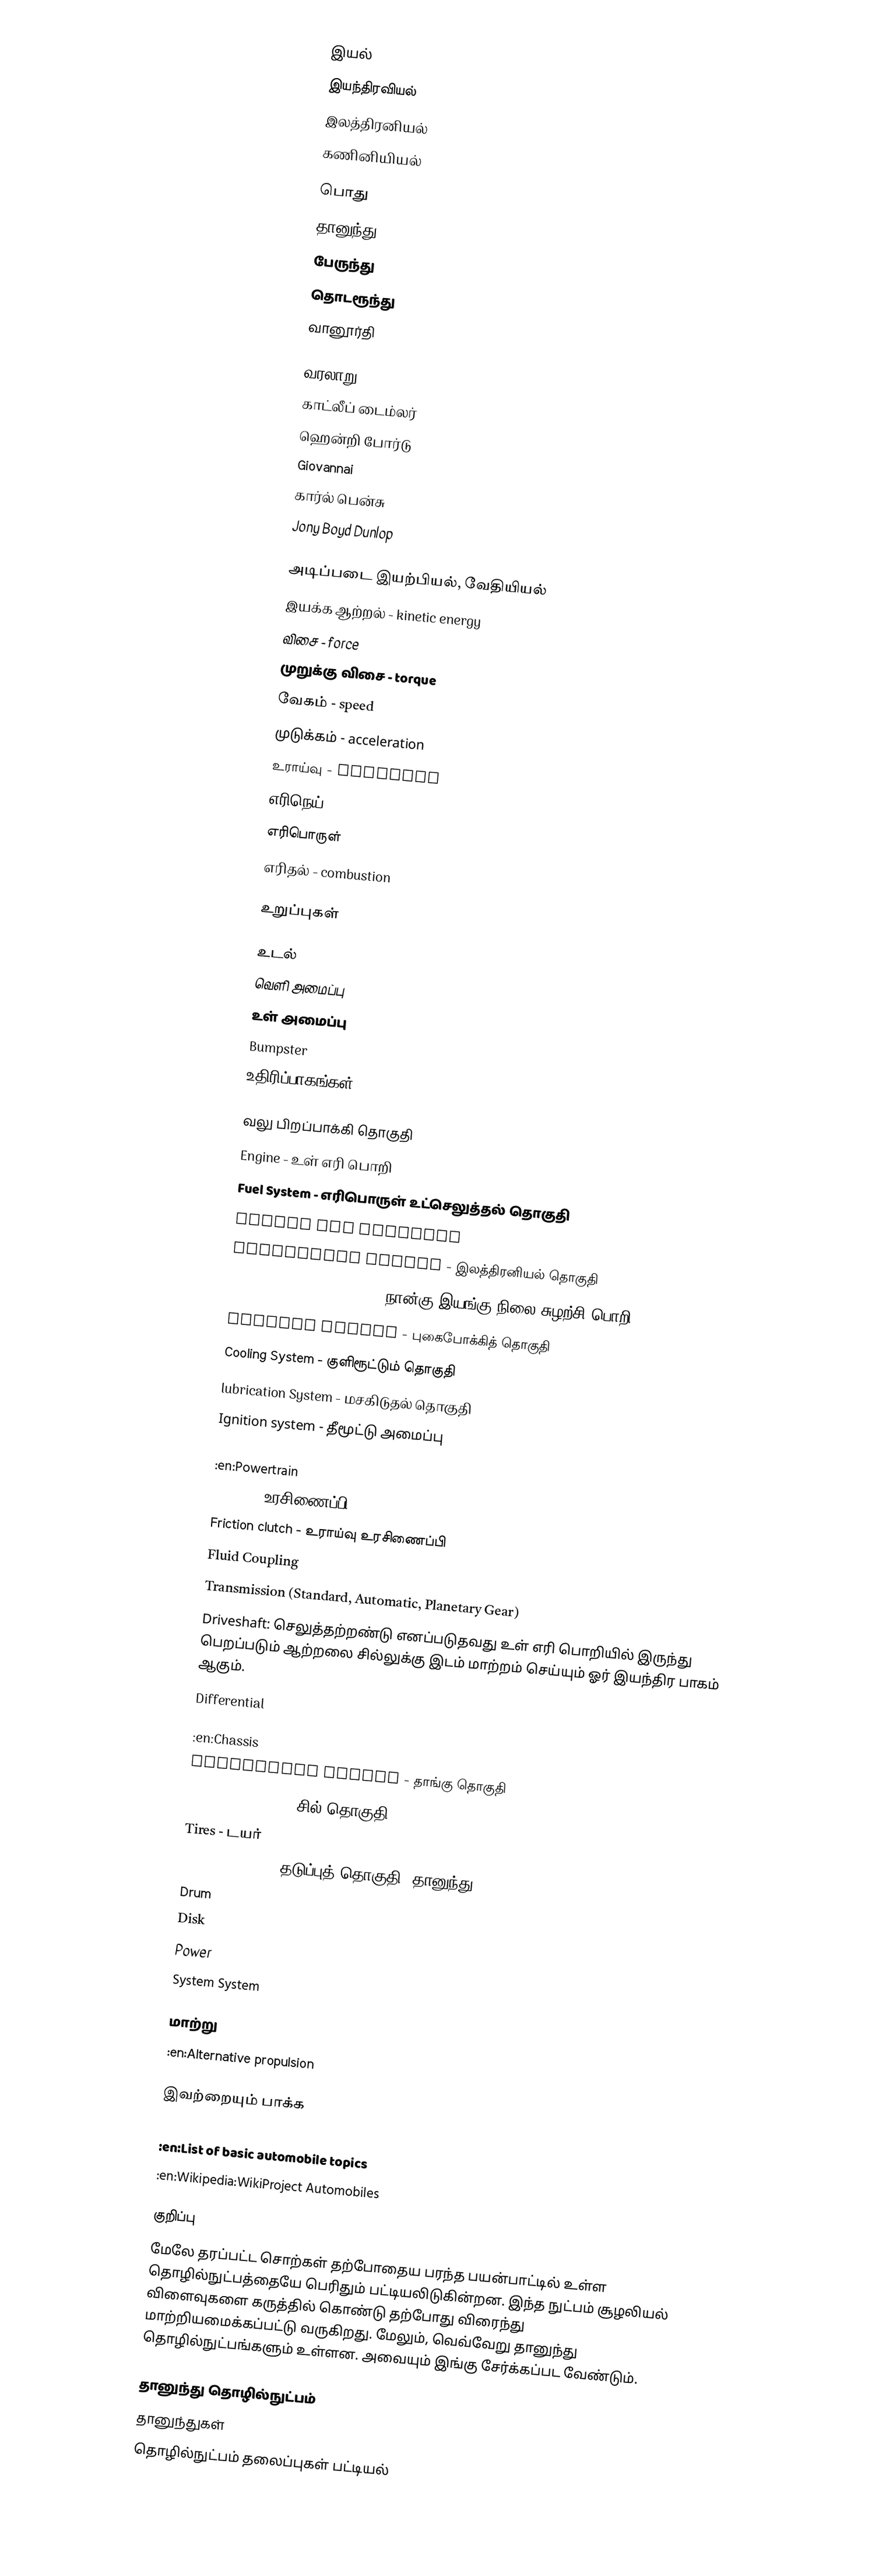

இயல்
 இயந்திரவியல்
 இலத்திரனியல்
 கணினியியல்

பொது
 தானுந்து
 பேருந்து
 தொடரூந்து
 வானூர்தி

வரலாறு
 காட்லீப் டைம்லர்
 ஹென்றி போர்டு
 Giovannai
 கார்ல் பென்சு
 Jony Boyd Dunlop

அடிப்படை இயற்பியல், வேதியியல்
 இயக்க ஆற்றல் - kinetic energy
 விசை - force
 முறுக்கு விசை - torque
 வேகம் - speed
 முடுக்கம் - acceleration
 உராய்வு - friction
 எரிநெய்
 எரிபொருள்
 எரிதல் - combustion

உறுப்புகள்

உடல்
 வெளி அமைப்பு
 உள் அமைப்பு
 Bumpster
 உதிரிப்பாகங்கள் - Accessories

வலு பிறப்பாக்கி தொகுதி
 Engine - உள் எரி பொறி
 Fuel System - எரிபொருள் உட்செலுத்தல் தொகுதி
 Valves and Camshaft
 Electrical System - இலத்திரனியல் தொகுதி
 Four Stroke Cycle Engine - நான்கு இயங்கு நிலை சுழற்சி பொறி
 Exhaust System - புகைபோக்கித் தொகுதி
 Cooling System - குளிரூட்டும் தொகுதி
 lubrication System - மசகிடுதல் தொகுதி
 Ignition system - தீமூட்டு அமைப்பு

:en:Powertrain
 Clutch - உரசிணைப்பி
 Friction clutch - உராய்வு உரசிணைப்பி
 Fluid Coupling
 Transmission (Standard, Automatic, Planetary Gear)
 Driveshaft: செலுத்தற்றண்டு எனப்படுதவது உள் எரி பொறியில் இருந்து பெறப்படும் ஆற்றலை சில்லுக்கு இடம் மாற்றம் செய்யும் ஓர் இயந்திர பாகம் ஆகும்.
 Differential

:en:Chassis
 Suspension System - தாங்கு தொகுதி
 Axels and Wheels - சில் தொகுதி
 Tires - டயர்
 Braking System - தடுப்புத் தொகுதி (தானுந்து)
 Drum
 Disk
 Power
 System System

மாற்று
 :en:Alternative propulsion

இவற்றையும் பாக்க
 :en:List of auto parts
 :en:List of basic automobile topics
 :en:Wikipedia:WikiProject Automobiles

குறிப்பு
மேலே தரப்பட்ட சொற்கள் தற்போதைய பரந்த பயன்பாட்டில் உள்ள தொழில்நுட்பத்தையே பெரிதும் பட்டியலிடுகின்றன.  இந்த நுட்பம் சூழலியல் விளைவுகளை கருத்தில் கொண்டு தற்போது விரைந்து மாற்றியமைக்கப்பட்டு வருகிறது.  மேலும், வெவ்வேறு தானுந்து தொழில்நுட்பங்களும் உள்ளன.  அவையும் இங்கு சேர்க்கப்பட வேண்டும்.

தானுந்து தொழில்நுட்பம்
தானுந்துகள்
தொழில்நுட்பம் தலைப்புகள் பட்டியல்